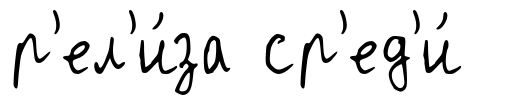
р'ел'и́за ср'ед'и́